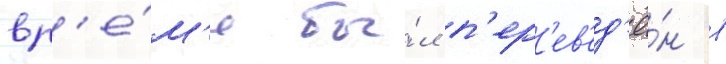
вр'е́м'я бы́л п'ер'ев'ед'ё́н в